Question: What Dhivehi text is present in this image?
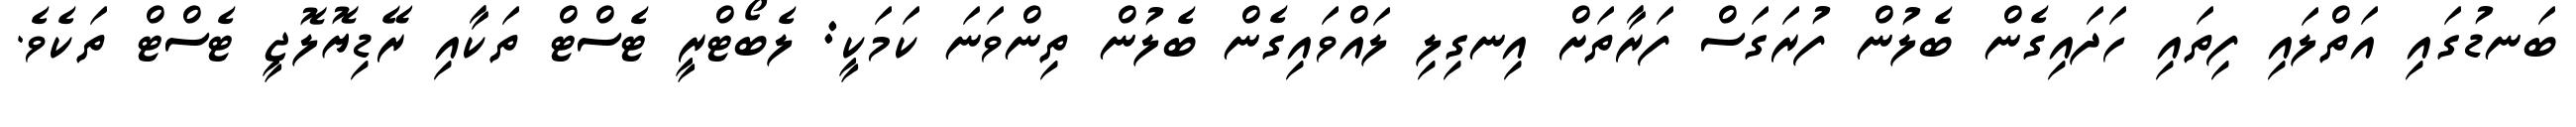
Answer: ބަނޑުގައި އަތްލައި ފިތައި ހަދައިގެން ބެލުން ފުރަގަސް ފަރާތަށް އިނގިލި ލައްވައިގެން ބެލުން ތިންވަނަ ކަމަކީ: ލެބޯޓްރީ ޓެސްޓް ތަކާއި ރޭޑިޔޮލޮޖީ ޓެސްޓް ތަކެވެ.